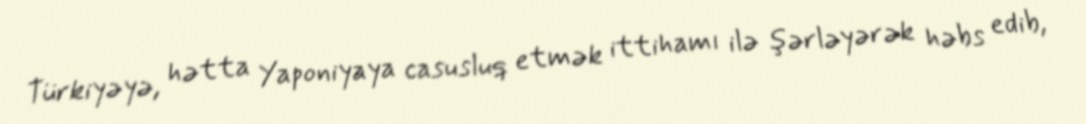
Türkiyəyə, hətta Yaponiyaya casusluq etmək ittihamı ilə şərləyərək həbs edib,